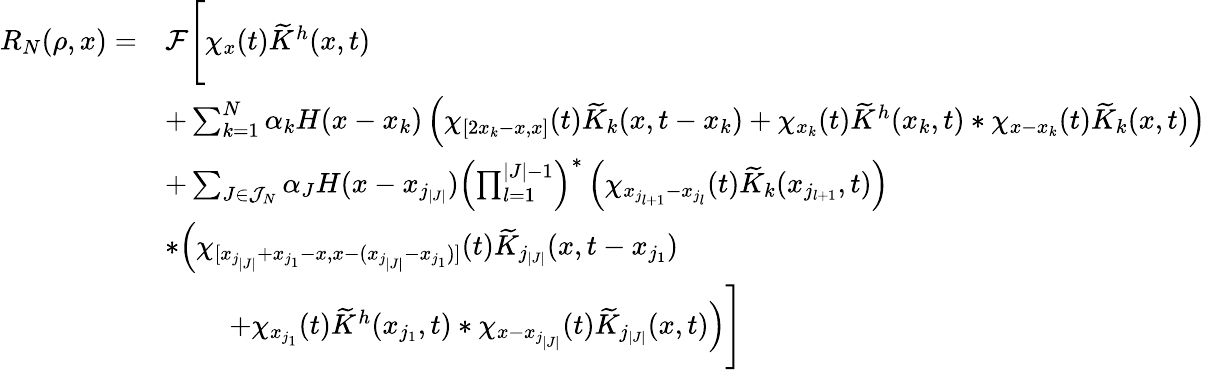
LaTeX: \begin{array}{rl}{R_{N}(\rho,x)=}&{\mathcal{F}\Bigg[\chi_{x}(t)\widetilde{K}^{h}(x,t)}\\ &{+\sum_{k=1}^{N}\alpha_{k}H(x-x_{k})\left(\chi_{[2x_{k}-x,x]}(t)\widetilde{K}_{k}(x,t-x_{k})+\chi_{x_{k}}(t)\widetilde{K}^{h}(x_{k},t)\ast\chi_{x-x_{k}}(t)\widetilde{K}_{k}(x,t)\right)}\\ &{+\sum_{J\in\mathcal{J}_{N}}\alpha_{J}H(x-x_{j_{|J|}})\left(\prod_{l=1}^{|J|-1}\right)^{\ast}\left(\chi_{x_{j_{l+1}}-x_{j_{l}}}(t)\widetilde{K}_{k}(x_{j_{l+1}},t)\right)}\\ &{\ast\Big(\chi_{[x_{j_{|J|}}+x_{j_{1}}-x,x-(x_{j_{|J|}}-x_{j_{1}})]}(t)\widetilde{K}_{j_{|J|}}(x,t-x_{j_{1}})}\\ &{\qquad\; +\chi_{x_{j_{1}}}(t)\widetilde{K}^{h}(x_{j_{1}},t)\ast\chi_{x-x_{j_{|J|}}}(t)\widetilde{K}_{j_{|J|}}(x,t)\Big)\Bigg]}\end{array}